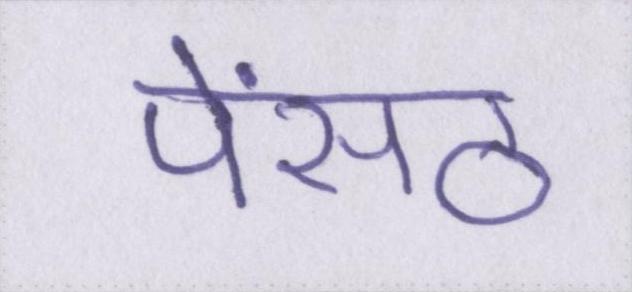
पेंसठ